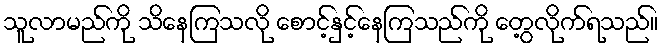
သူလာမည်ကို သိနေကြသလို စောင့်နှင့်နေကြသည်ကို တွေ့လိုက်ရသည်။